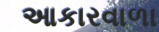
આકારવાળા